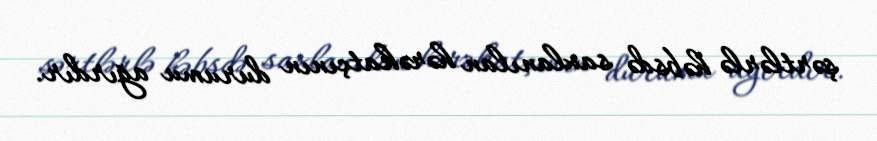
şərtlərlə həbsdə saxlanılan hərəkatçının durumu ağırdır.